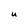
Character: U